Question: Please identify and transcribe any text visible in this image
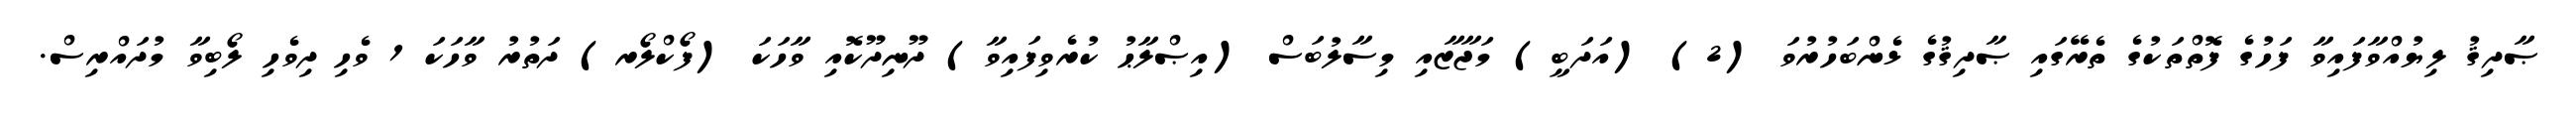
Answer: ޞާދިޤު ލިޔުއްވާފައިވާ ފަހުގެ ފޮތްތަކުގެ ތެރޭގައި ޞާދިޤުގެ ޅެންބަހުރުވަ (2) (އަދަބީ) މަޖާޒާއި މިސާލުބަސް (އިޞްލާޙު ކުރެވިފައިވާ) ދޫނިދޫކޮއި ވާހަކަ (ފޯކްލޯރ) ދަތުރު ވާހަކަ 1 ވެހި ދިވެހި ލޯބިވާ މުދައްރިސް.